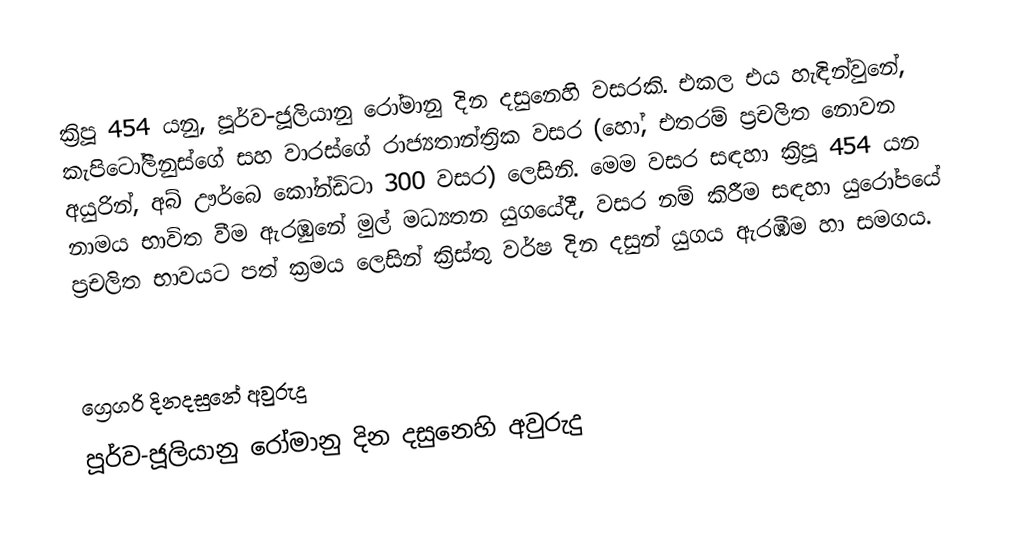

ක්‍රිපූ 454 යනු, පූර්ව-ජූලියානු රෝමානු දින දසුනෙහි වසරකි. එකල එය හැඳින්වුනේ, කැපිටෝලීනුස්ගේ සහ වාරස්ගේ රාජ්‍යතාන්ත්‍රික වසර (හෝ, එතරම් ප්‍රචලිත නොවන අයුරින්, අබ් ඌර්බෙ කෝන්ඩිටා 300 වසර) ලෙසිනි. මෙම වසර සඳහා ක්‍රිපූ 454 යන නාමය භාවිත වීම ඇරඹුනේ මුල්  මධ්‍යතන යුගයේදී, වසර නම් කිරීම සඳහා යුරෝපයේ ප්‍රචලිත භාවයට පත් ක්‍රමය ලෙසින් ක්‍රිස්තු වර්ෂ දින දසුන් යුගය ඇරඹීම හා සමගය.

ග්‍රෙගරි දිනදසුනේ අවුරුදු
පූර්ව-ජූලියානු රෝමානු දින දසුනෙහි අවුරුදු